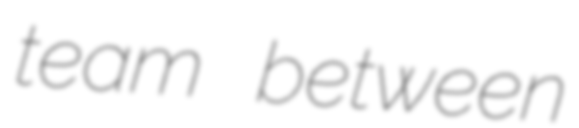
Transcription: team between